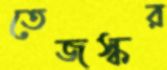
তেজস্কর